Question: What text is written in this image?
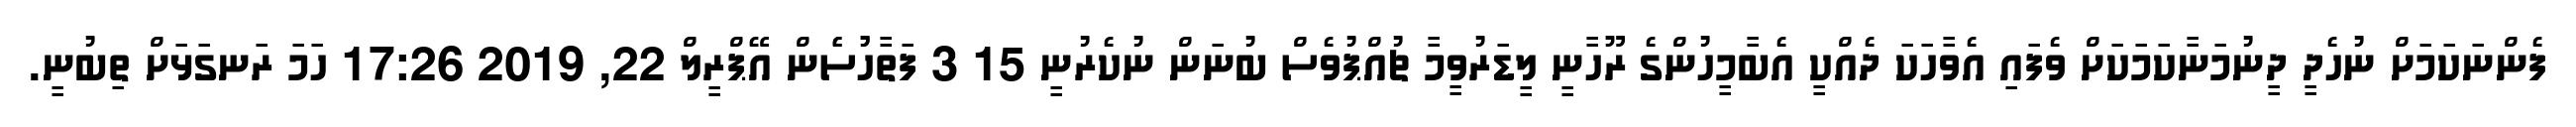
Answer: ފެންނަކަމަށް ނުހެދީ ދީނުމަނާކަމަކަށް ވެފައި އެވާހަކަ ދެއްކީ އެބާމީހުންގެ ރޫހާނީ ލީޑަރުވީމާ ޗުއްޕުވެސް ބުނަން ނުކެރުނީ 15 3 ފަތާހުުސެެން އޭޕްރީލް 22, 2019 17:26 ހަމަ ރަނގަޅަށް ތިބުނީ.